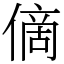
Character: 㒀